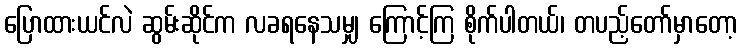
ပြောထားယင်လဲ ဆွမ်းဆိုင်က လခရနေသမျှ ကြောင့်ကြ စိုက်ပါတယ်၊ တပည့်တော်မှာတော့